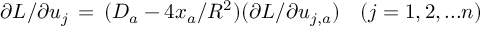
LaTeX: \partial L / \partial u _ { j } \, = \, ( D _ { a } - 4 x _ { a } / R ^ { 2 } ) ( \partial L / \partial u _ { j , a } ) \quad ( j = 1 , 2 , . . . n )